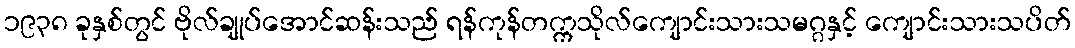
၁၉၃၈ ခုနှစ်တွင် ဗိုလ်ချုပ်အောင်ဆန်းသည် ရန်ကုန်တက္ကသိုလ်ကျောင်းသားသမဂ္ဂနှင့် ကျောင်းသားသပိတ်